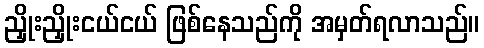
ညှိုးညှိုးငယ်ငယ် ဖြစ်နေသည်ကို အမှတ်ရလာသည်။